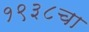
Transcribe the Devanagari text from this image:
१९३८चा